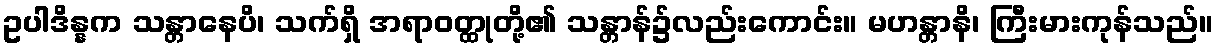
ဥပါဒိန္နက သန္တာနေပိ၊ သက်ရှိ အရာဝတ္ထုတို့၏ သန္တာန်၌လည်းကောင်း။ မဟန္တာနိ၊ ကြီးမားကုန်သည်။